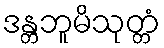
ဒန္တဘူမိသုတ္တံ